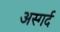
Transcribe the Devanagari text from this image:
अस्गर्द